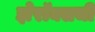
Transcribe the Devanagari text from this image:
झेरॉक्सची